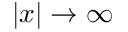
| x | \to \infty